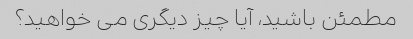
مطمئن باشید، آیا چیز دیگری می خواهید؟